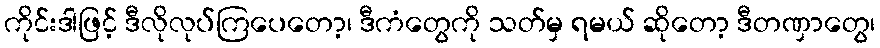
ကိုင်းဒါဖြင့် ဒီလိုလုပ်ကြပေတော့၊ ဒီကံတွေကို သတ်မှ ရမယ် ဆိုတော့ ဒီတဏှာတွေ၊